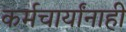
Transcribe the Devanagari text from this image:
कर्मचार्यांनाही